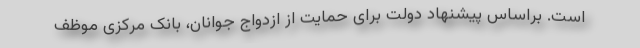
است. براساس پیشنهاد دولت برای حمایت از ازدواج جوانان، بانک مرکزی موظف